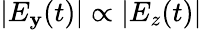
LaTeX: |E_{\mathbf{y}}(t)|\propto|E_{z}(t)|